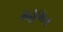
મહામન